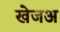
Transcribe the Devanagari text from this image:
खेजअ